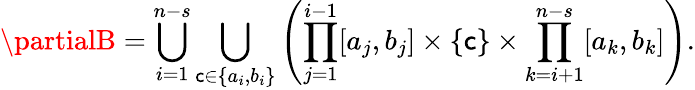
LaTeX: \partialB=\bigcup_{i=1}^{n-s}\bigcup_{\mathsf{c}\in\{ a_{i},b_{i}\} }\left(\prod_{j=1}^{i-1}[a_{j},b_{j}]\times\{ \mathsf{c}\} \times\prod_{k=i+1}^{n-s}[a_{k},b_{k}]\right).